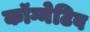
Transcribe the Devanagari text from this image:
कॉग्नेटिव